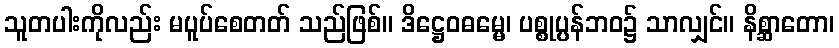
သူတပါးကိုလည်း မပူပ်စေတတ် သည်ဖြစ်။ ဒိဋ္ဌေဝဓမ္မေ၊ ပစ္စုပ္ပန်ဘဝ၌ သာလျှင်။ နိစ္ဆာတော၊